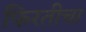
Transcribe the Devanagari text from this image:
फिरतीचा